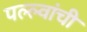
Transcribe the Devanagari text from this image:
पल्ल्वांची